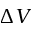
\Delta V